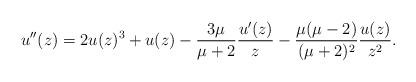
LaTeX: \begin{align*} u''(z)=2u(z)^3+u(z)-\frac{3\mu}{\mu+2}\frac{u'(z)}{z}-\frac{\mu(\mu-2)}{(\mu+2)^2}\frac{u(z)}{z^2}.\end{align*}